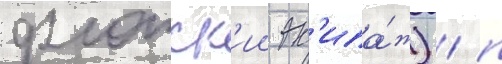
флотск'ии эк'ипа́ж) / п